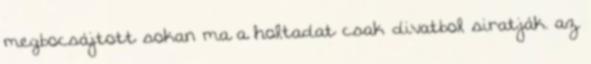
megbocsájtott sokan ma a holtadat csak divatbol siratják. az